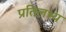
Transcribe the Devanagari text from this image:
प्रतिलभ्य